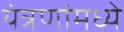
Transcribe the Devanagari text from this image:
यंत्रणांमध्ये